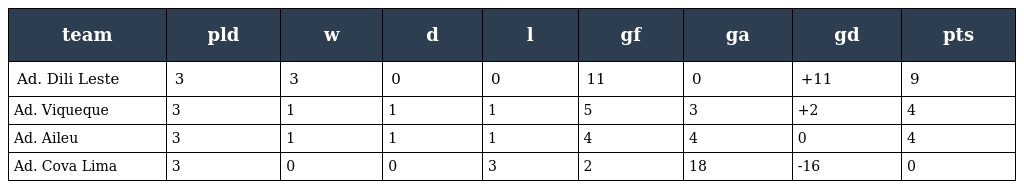
| team | pld | w | d | l | gf | ga | gd | pts |
 | --- | --- | --- | --- | --- | --- | --- | --- | --- |
 | Ad. Dili Leste | 3 | 3 | 0 | 0 | 11 | 0 | +11 | 9 |
 | Ad. Viqueque | 3 | 1 | 1 | 1 | 5 | 3 | +2 | 4 |
 | Ad. Aileu | 3 | 1 | 1 | 1 | 4 | 4 | 0 | 4 |
 | Ad. Cova Lima | 3 | 0 | 0 | 3 | 2 | 18 | -16 | 0 |